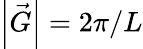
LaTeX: \left|\vec{G}\right|=2\pi/L